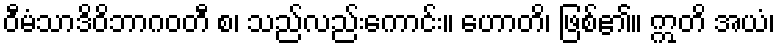
ဝီမံသာဒိဝိဘာဂဝတီ စ၊ သည်လည်းကောင်း။ ဟောတိ၊ ဖြစ်၏။ ဣတိ အယံ၊